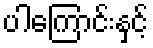
ပါကြောင်းနှင့်